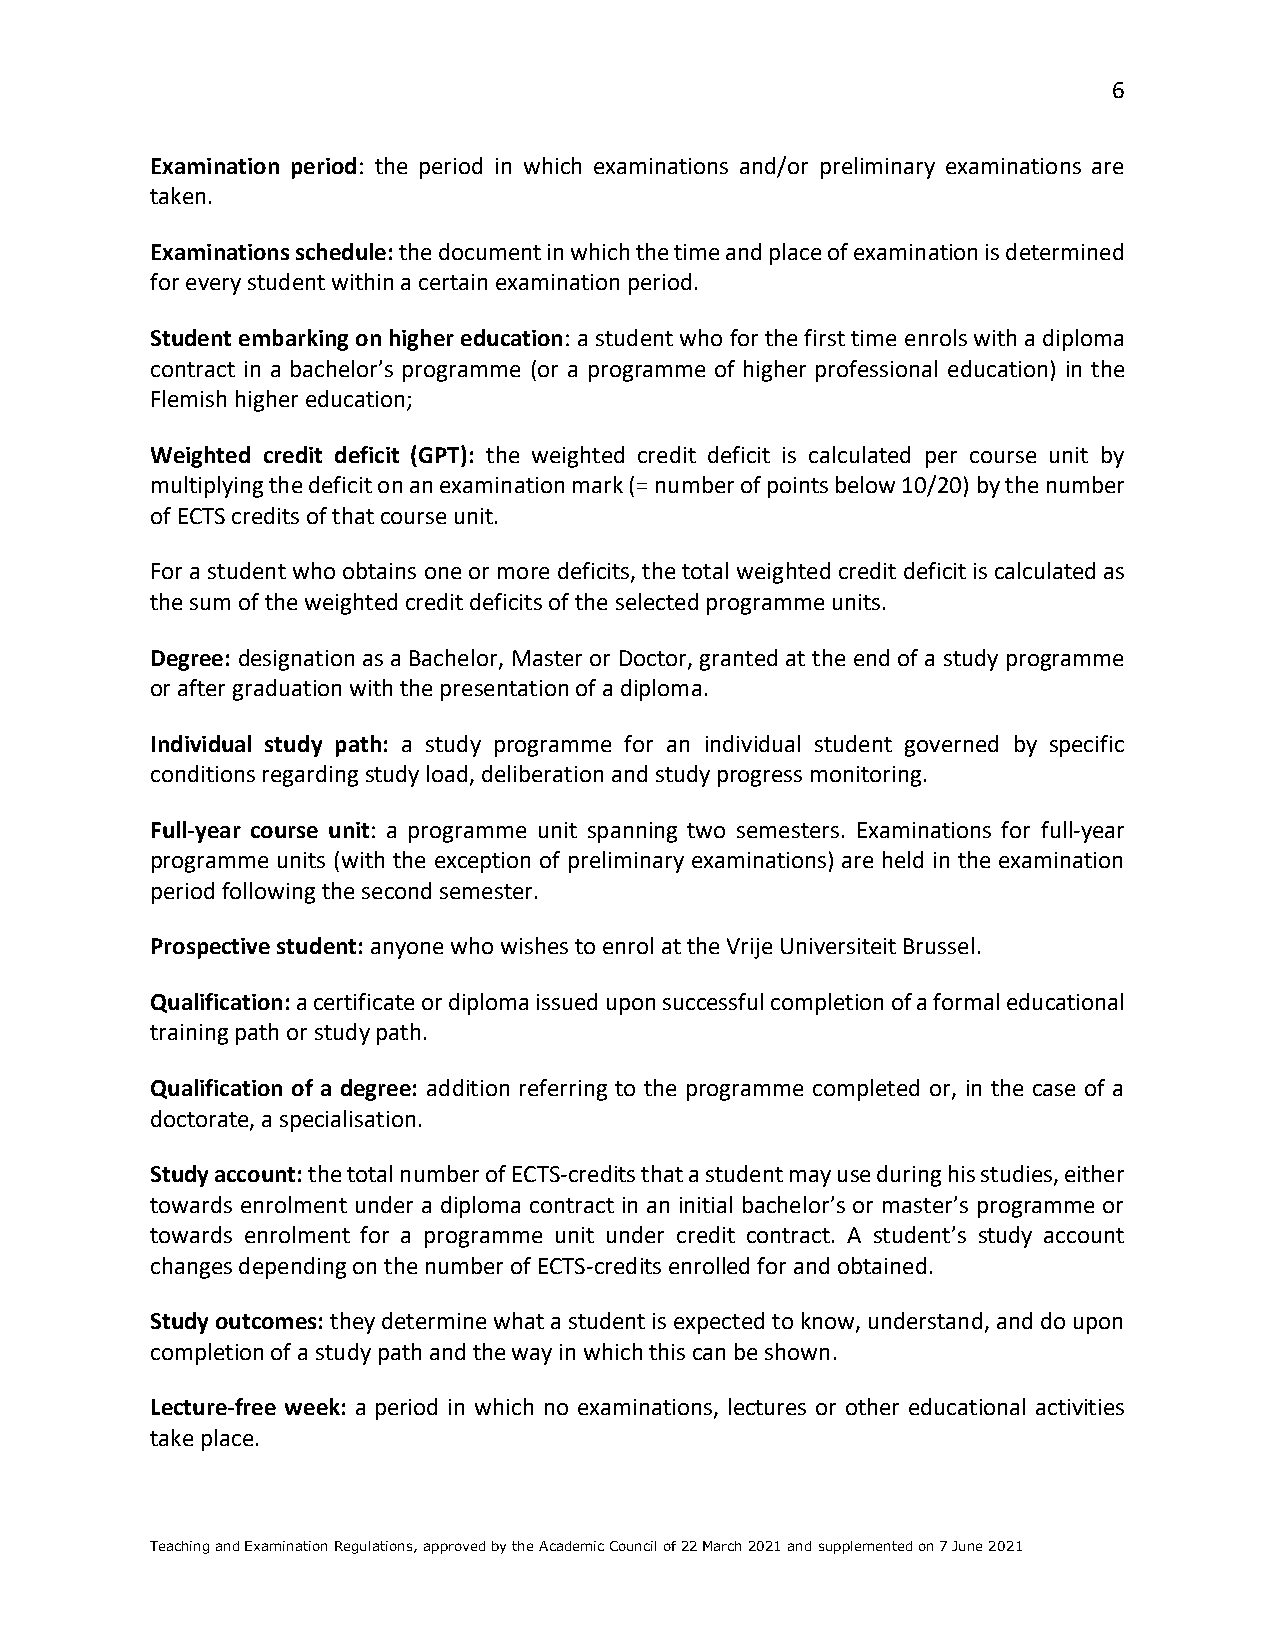
6
 Examination period: the period in which examinations and/or preliminary examinations are
 taken.
 Examinations schedule: the document in which the time and place of examination is determined
 for every student within a certain examination period.
 Student embarking on higher education: a student who for the first time enrols with a diploma
 contract in a bachelor’s programme (or a programme of higher professional education) in the
 Flemish higher education;
 Weighted credit deficit (GPT): the weighted credit deficit is calculated per course unit by
 multiplying the deficit on an examination mark (= number of points below 10/20) by the number
 of ECTS credits of that course unit.
 For a student who obtains one or more deficits, the total weighted credit deficit is calculated as
 the sum of the weighted credit deficits of the selected programme units.
 Degree: designation as a Bachelor, Master or Doctor, granted at the end of a study programme
 or after graduation with the presentation of a diploma.
 Individual study path: a study programme for an individual student governed by specific
 conditions regarding study load, deliberation and study progress monitoring.
 Full-year course unit: a programme unit spanning two semesters. Examinations for full-year
 programme units (with the exception of preliminary examinations) are held in the examination
 period following the second semester.
 Prospective student: anyone who wishes to enrol at the Vrije Universiteit Brussel.
 Qualification: a certificate or diploma issued upon successful completion of a formal educational
 training path or study path.
 Qualification of a degree: addition referring to the programme completed or, in the case of a
 doctorate, a specialisation.
 Study account: the total number of ECTS-credits that a student may use during his studies, either
 towards enrolment under a diploma contract in an initial bachelor’s or master’s programme or
 towards enrolment for a programme unit under credit contract. A student’s study account
 changes depending on the number of ECTS-credits enrolled for and obtained.
 Study outcomes: they determine what a student is expected to know, understand, and do upon
 completion of a study path and the way in which this can be shown.
 Lecture-free week: a period in which no examinations, lectures or other educational activities
 take place.
 Teaching and Examination Regulations, approved by the Academic Council of 22 March 2021 and supplemented on 7 June 2021